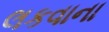
લકવાના